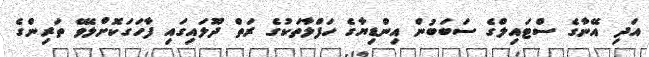
އަދި އޭނާގެ ސްޓައިލްގެ ސަބަބުން އިންޑިޔާގެ ހަފްލާތަކުގެ ރަތް ދޫލައިގައި ފާހަގަކޮށްލެވޭ ތަރިންގެ